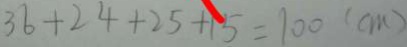
3 6 + 2 4 + 2 5 + 1 5 = 1 0 0 ( c m )